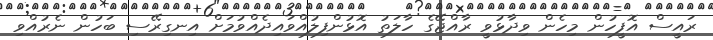
ރައީސް އޮފީހުން މިހެން ވިދާޅުވީ ރާއްޖޭގެ ހާލަތު އޮޅުންފިލުއްވައިދެއްވުމަށް އިނގިރޭސި ބަހުން ނެރުއްވި